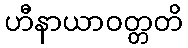
ဟီနာယာဝတ္တတိ